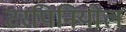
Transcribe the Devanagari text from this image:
टरपिनियोल